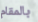
بالمقام